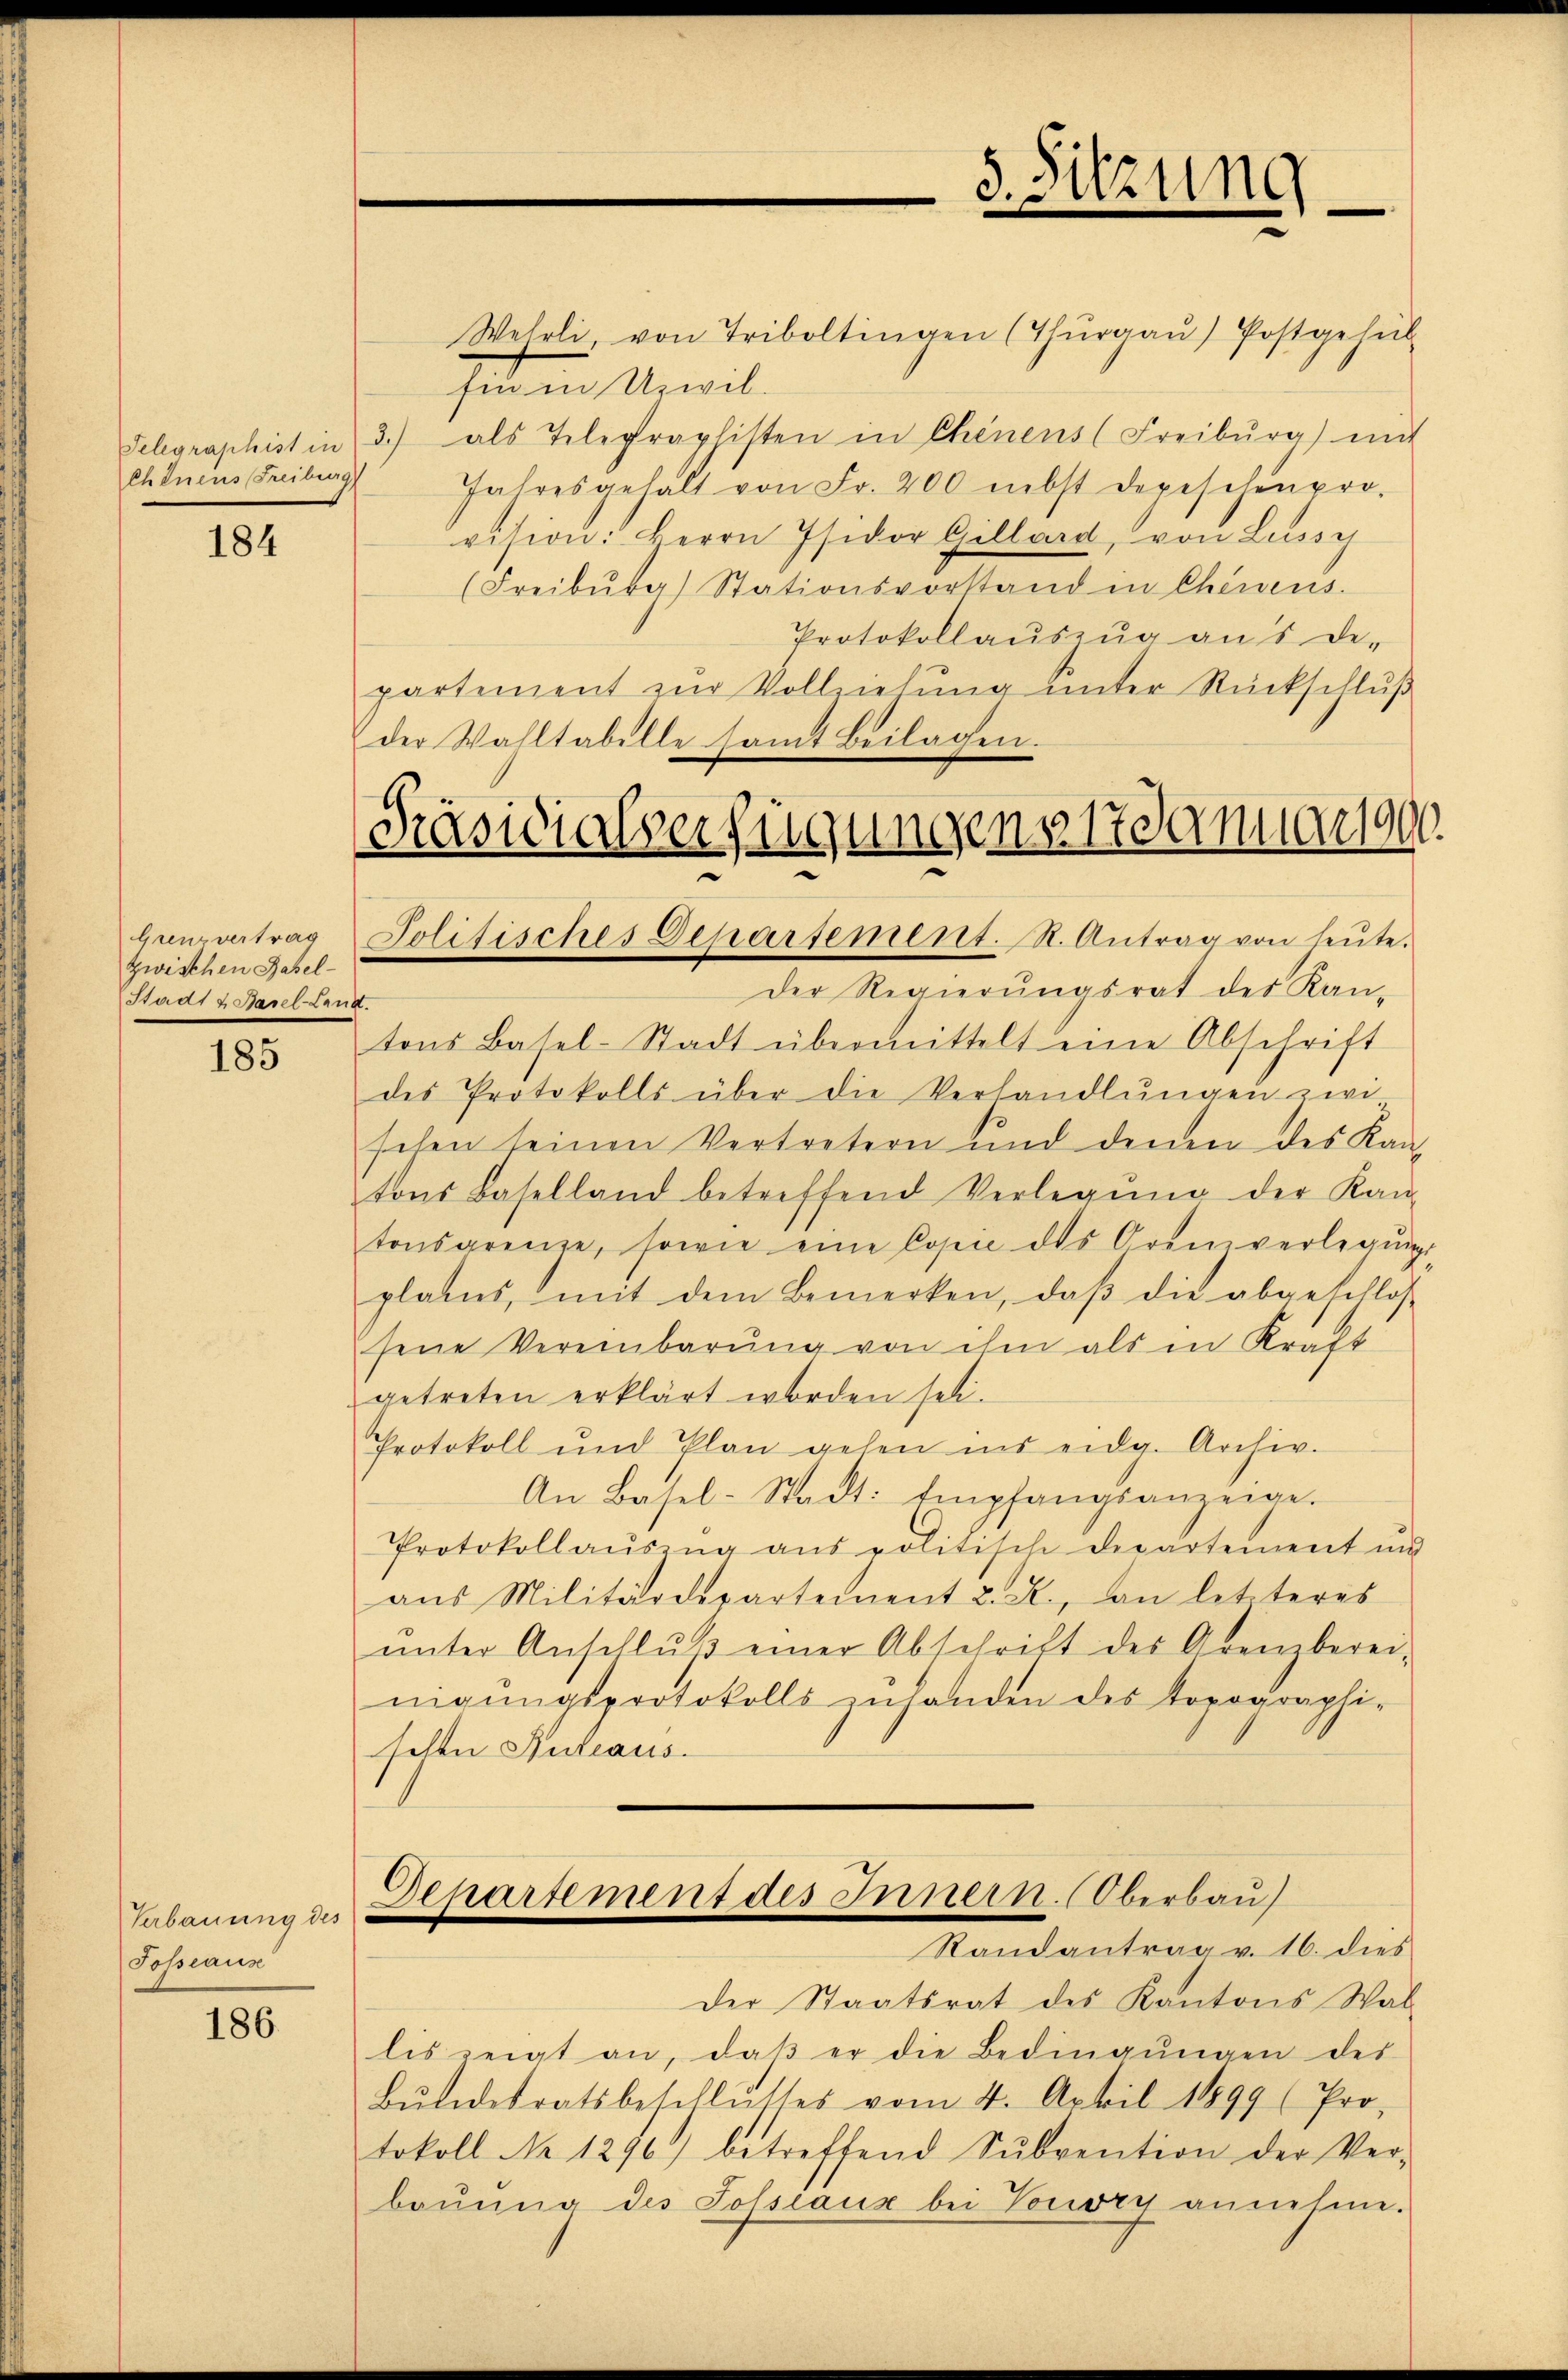
Chinens (Freiburg

184

zwischen Hasel¬
Stadt & Basel-Land.

185

Verbauung des
Posseaus

186

Wehrli, von Triboltingen (Thurgau) Postgehül
hi in Unwil¬
Telegraphist in 3.) als Telegraphisten in Chenens (Freiburg) mit
Jahresgehält von Fr. 200 nebst depeschenpro-
vision: Herrn Isidor Gillard, von Lussy
(Freiburg Stationsvorstand in Chenens.
Protokollaŭszŭg an s de-
partement zur Vollziehŭng ŭnter Rückschlŭβ
der Walltabelle samt Beilagen.

5. Sitzung
e

Präsidialverfügungens 17 Januar 1900.
Genzvertrag Jolitisches Departement. R. Antrag von heŭte.

Der Regierungsrat des Kantons Basel-Stadt übermittelt eine Abschrift
des Protokolls über die Verhandlŭngen zwi
sehen seinen Vertretern und denen des Kan-
tons Baselland betreffend Verlegung der Kan-
tonsgrenze, sowie eine Copie des Arenverlegŭngs
plates, mit dem Bemerken, daß die abgeschlos
sene Vereinbarung von ihm als in Kraft
getreten erklärt worden sei.
Protokoll und Plan gehen ins eidg. Archiv.
An Basel-Stadt: Empfangsanzeige.
Protokollaŭszŭg aŭs politische Departement und
aŭs Militärdepartement L. A., an letzteres
ŭnter Anschlŭβ einer Abschrift des Grenzberei-
nigŭngsprotokolls inhanden des Vorographi-
sehen Antraus.

Separtement des Innern. Oberbau
Randantrag v. 16. dies

Der Staatsrat des Kantons Wal
lis zeigt an, daβ er die Bedingŭngen des
Bŭndesratsbeschlŭsses vom 4. April 1899 (Pro-
tokoll No 1296) betreffend Sŭbvention der Ver-
baŭŭng des Solseaux bei Vouvry annehme.